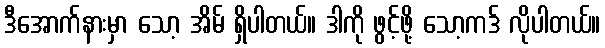
ဒီအောက်နားမှာ သော့ အိမ် ရှိပါတယ်။ ဒါကို ဖွင့်ဖို့ သော့ကဒ် လိုပါတယ်။